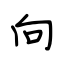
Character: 向